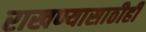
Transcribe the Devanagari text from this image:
राखण्यासाठीही